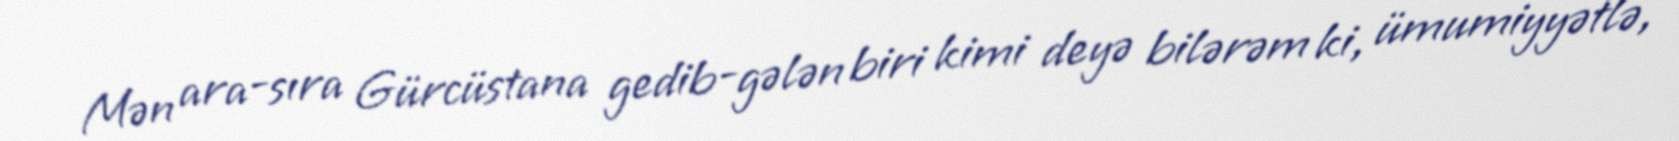
Mən ara-sıra Gürcüstana gedib-gələn biri kimi deyə bilərəm ki, ümumiyyətlə,